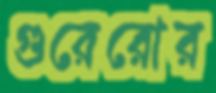
গুরেরোর